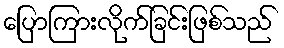
ပြောကြားလိုက်ခြင်းဖြစ်သည်